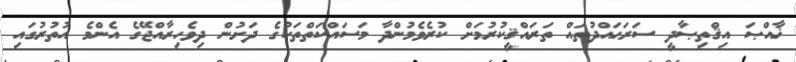
ޚާއްޞަ އިޤްތިޞާދީ ސަރަޙައްދުތައް ތަރައްޤީކުރުމަށް ކުރެވެމުންދާ މަސައްކަތްތަކުގެ ދަށުން ދިވެހިރާއްޖޭގެ އެންމެ އުތުރުގައި